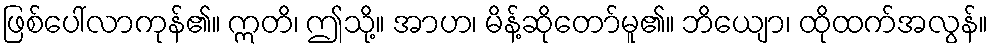
ဖြစ်ပေါ်လာကုန်၏။ ဣတိ၊ ဤသို့။ အာဟ၊ မိန့်ဆိုတော်မူ၏။ ဘိယျော၊ ထိုထက်အလွန်။